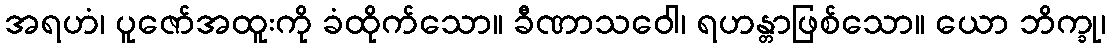
အရဟံ၊ ပူဇော်အထူးကို ခံထိုက်သော။ ခီဏာသဝေါ၊ ရဟန္တာဖြစ်သော။ ယော ဘိက္ခု၊